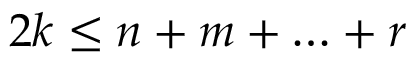
2 k \leq n + m + \ldots + r